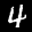
Label: 4